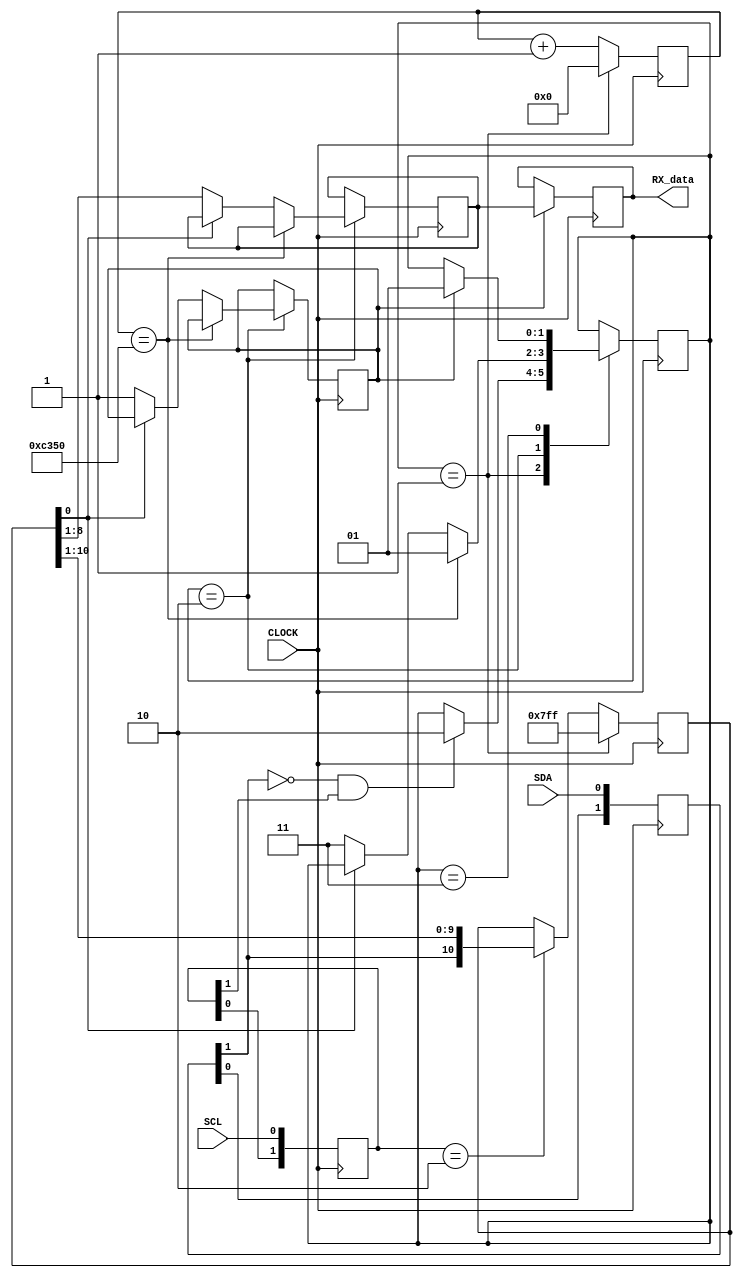
module PS2 (
  input CLOCK,
  input SDA,
  input SCL,
  output reg [7:0] RX_data
);


parameter idle    = 2'b01;
parameter receive = 2'b10;
parameter ready   = 2'b11;


reg [1:0]  state=idle;
reg [15:0] rxtimeout=16'b0000000000000000;
reg [10:0] rxregister=11'b11111111111;
reg [1:0]  datasr=2'b11;
reg [1:0]  clksr=2'b11;
reg [7:0]  rxdata;


reg datafetched;
reg rxactive;
reg dataready;


always @(posedge CLOCK ) 
begin 
  if(datafetched==1)
    RX_data <=rxdata;
end  
  
always @(posedge CLOCK ) 
begin 
  rxtimeout<=rxtimeout+1;
  datasr <= {datasr[0],SDA};
  clksr  <= {clksr[0],SCL};


  if(clksr==2'b10)
    rxregister<= {datasr[1],rxregister[10:1]};


  case (state) 
    idle: 
    begin
      rxregister <=11'b11111111111;
      rxactive   <=0;
      dataready  <=0;
      rxtimeout  <=16'b0000000000000000;
      if(datasr[1]==0 && clksr[1]==1)
      begin
        state<=receive;
        rxactive<=1;
      end   
    end
    
    receive:
    begin
      if(rxtimeout==50000)
        state<=idle;
      else if(rxregister[0]==0)
      begin
        dataready<=1;
        rxdata<=rxregister[8:1];
        state<=ready;
        datafetched<=1;
      end
    end
    
    ready: 
    begin
      if(datafetched==1)
      begin
        state     <=idle;
        dataready <=0;
        rxactive  <=0;
      end  
    end  
  endcase
end 
endmodule